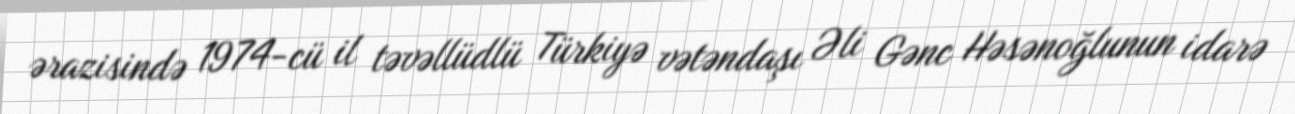
ərazisində 1974-cü il təvəllüdlü Türkiyə vətəndaşı Əli Gənc Həsənoğlunun idarə